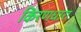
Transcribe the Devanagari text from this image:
किरणधारा